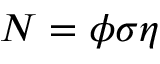
N = \phi \sigma \eta